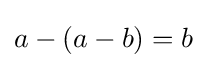
a-(a-b)=b